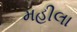
મહીલા